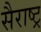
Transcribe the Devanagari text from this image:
सैराष्ट्र